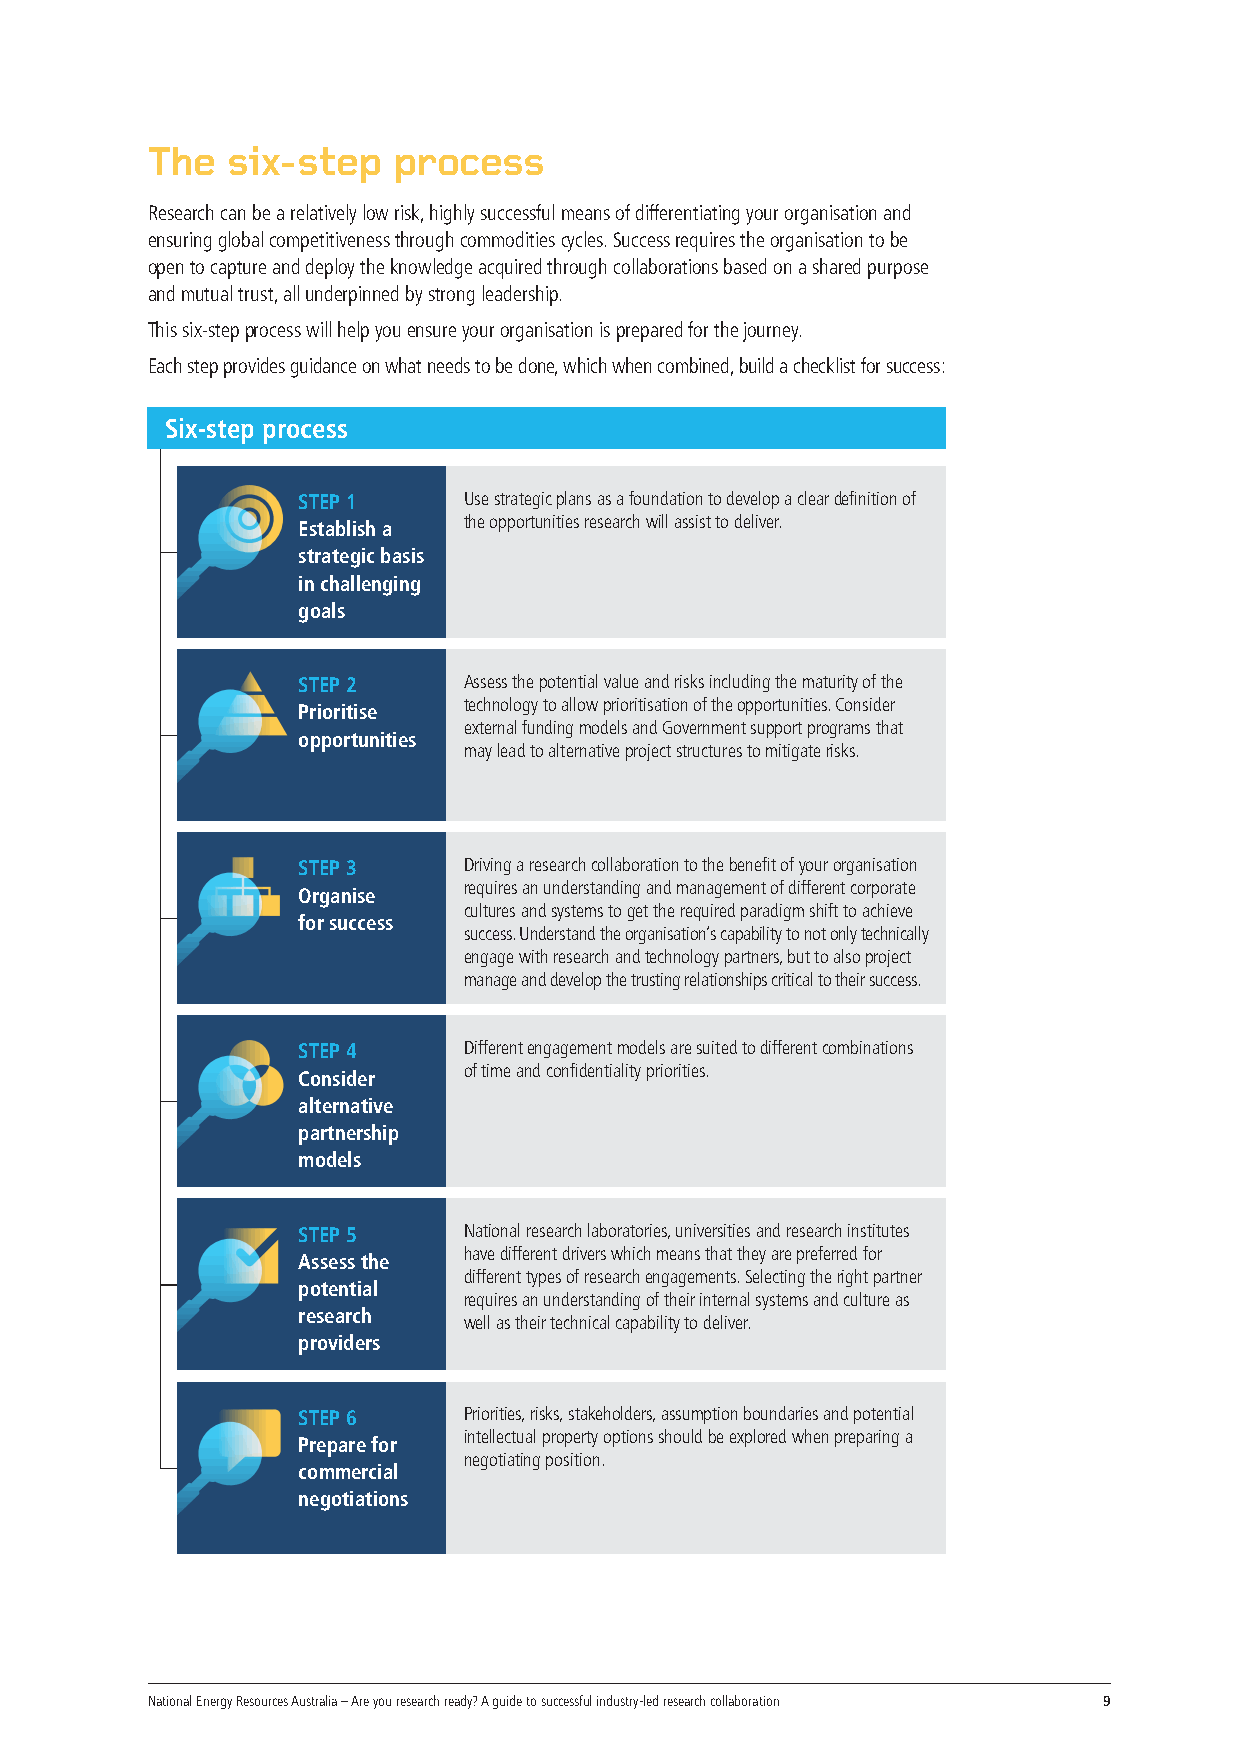
The  six-step   process
 Research can be a relatively low risk, highly successful means of differentiating your organisation and
 ensuring global competitiveness through commodities cycles. Success requires the organisation to be
 open to capture and deploy the knowledge acquired through collaborations based on a shared purpose
 and mutual trust, all underpinned by strong leadership.
 This six-step process will help you ensure your organisation is prepared for the journey.
 Each step provides guidance on what needs to be done, which when combined, build a checklist for success:
 Six-step process
 STEP 1     Use strategic plans as a foundation to develop a clear definition of
 the opportunities research will assist to deliver.
 Establish a
 strategic basis
 in challenging
 goals
 STEP 2     Assess the potential value and risks including the maturity of the
 technology to allow prioritisation of the opportunities. Consider
 Prioritise
 external funding models and Government support programs that
 opportunities
 may lead to alternative project structures to mitigate risks.
 STEP 3     Driving a research collaboration to the benefit of your organisation
 requires an understanding and management of different corporate
 Organise
 cultures and systems to get the required paradigm shift to achieve
 for success
 success. Understand the organisation’s capability to not only technically
 engage with research and technology partners, but to also project
 manage and develop the trusting relationships critical to their success.
 STEP 4     Different engagement models are suited to different combinations
 of time and confidentiality priorities.
 Consider
 alternative
 partnership
 models
 STEP 5     National research laboratories, universities and research institutes
 have different drivers which means that they are preferred for
 Assess the
 different types of research engagements. Selecting the right partner
 potential
 requires an understanding of their internal systems and culture as
 research
 well as their technical capability to deliver.
 providers
 STEP 6     Priorities, risks, stakeholders, assumption boundaries and potential
 intellectual property options should be explored when preparing a
 Prepare for
 negotiating position.
 commercial
 negotiations
 National Energy Resources Australia – Are you research ready? A guide to successful industry-led research collaboration 9